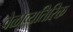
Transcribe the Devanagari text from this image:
वेळाव्यतिरिक्त